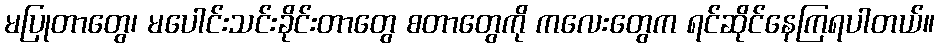
မပြုတာတွေ၊ မပေါင်းသင်းခိုင်းတာတွေ စတာတွေကို ကလေးတွေက ရင်ဆိုင်နေကြရပါတယ်။